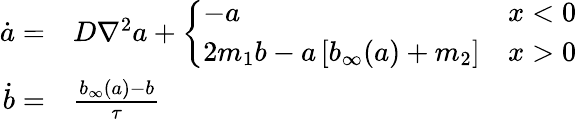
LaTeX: \begin{array}{rl}{\dot{a}=}&{{}D\nabla^{2}a+\left\{ \begin{array}{ll}{-a}&{x<0}\\ {2m_{1}b-a\, [b_{\infty}(a)+m_{2}]}&{x>0}\end{array}\right.}\\ {\dot{b}=}&{{}\frac{b_{\infty}(a)-b}{\tau}}\end{array}